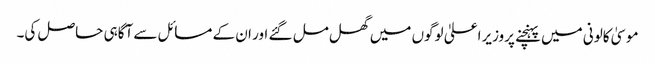
موسیٰ کالونی میں پہنچنے پروزیراعلیٰ لوگوں میں گھل مل گئے اور ان کے مسائل سے آگاہی حاصل کی۔